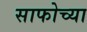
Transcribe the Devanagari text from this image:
साफोच्या